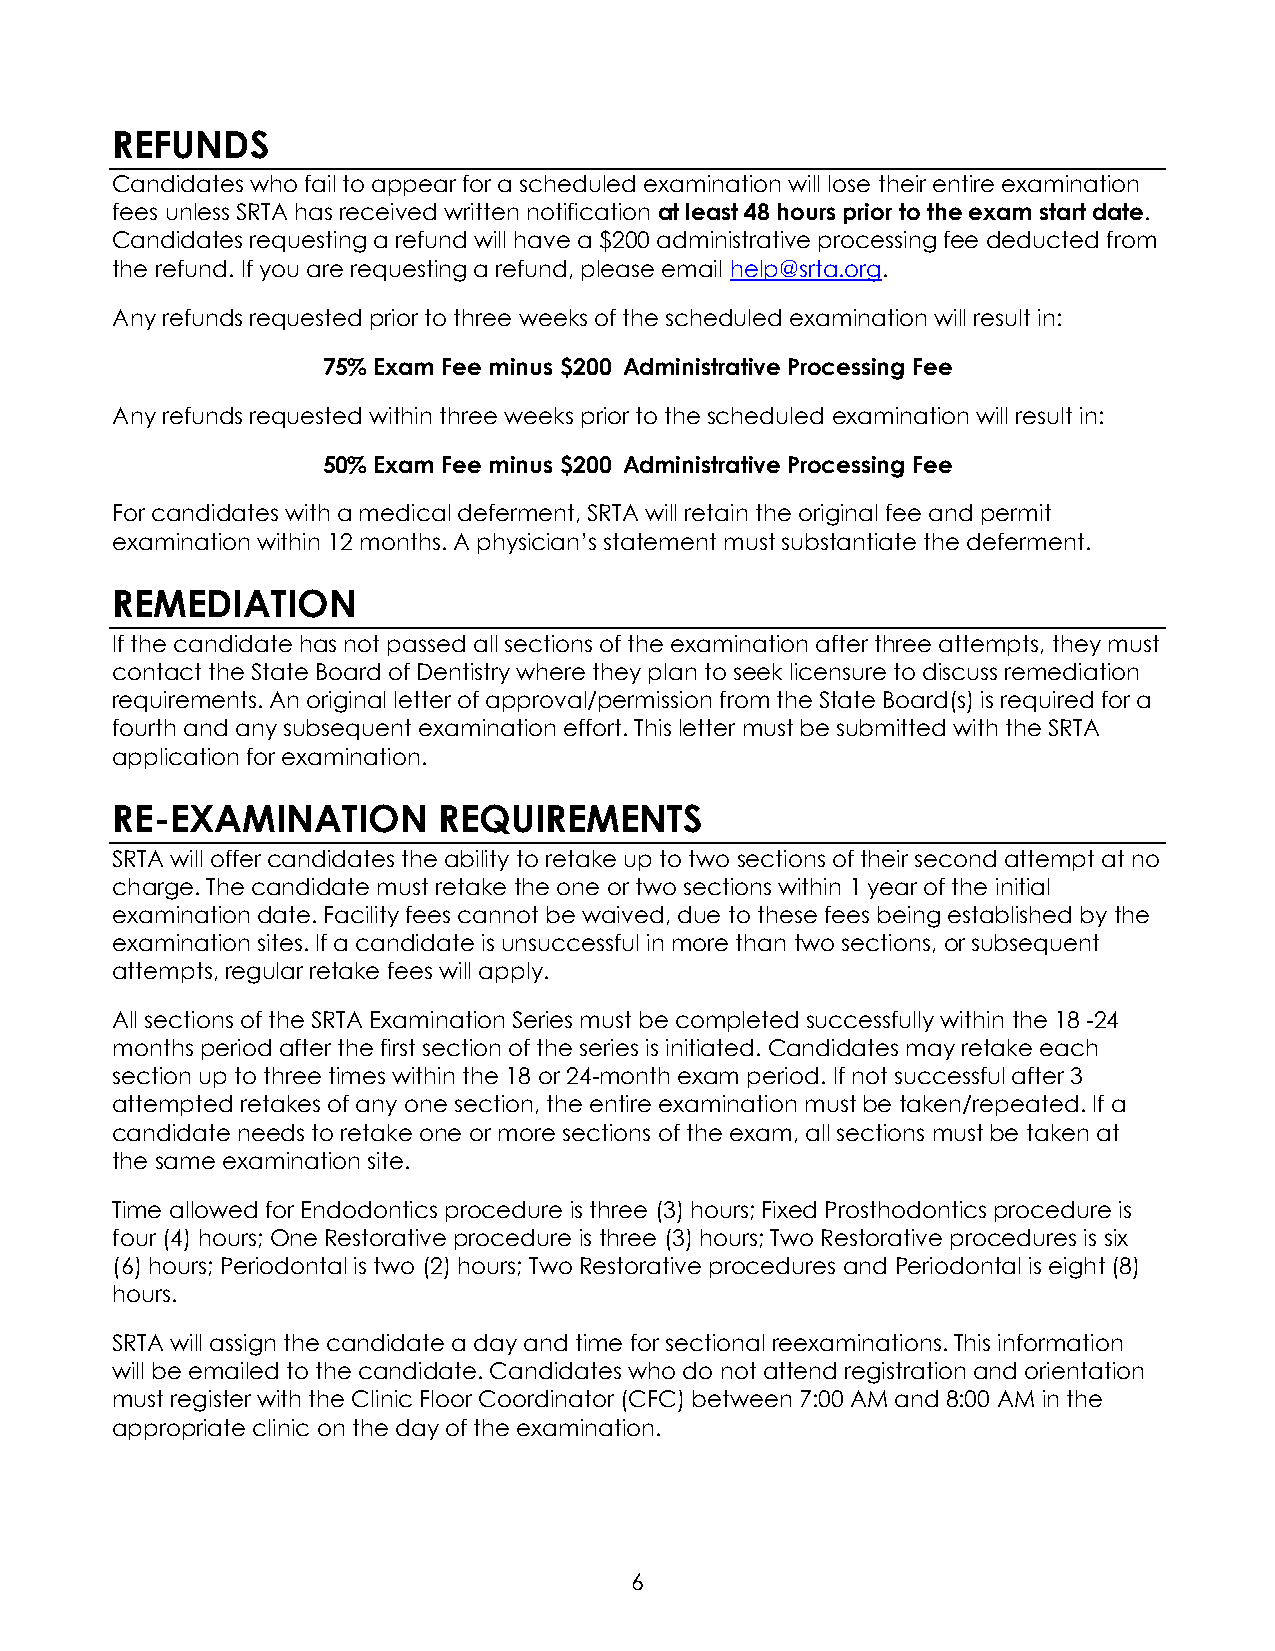
REFUNDS
 Candidates who fail to appear for a scheduled examination will lose their entire examination
 fees unless SRTA has received written notification at least 48 hours prior to the exam start date.
 Candidates requesting a refund will have a $200 administrative processing fee deducted from
 the refund. If you are requesting a refund, please email help@srta.org.
 Any refunds requested prior to three weeks of the scheduled examination will result in:
 75% Exam Fee minus $200 Administrative Processing Fee
 Any refunds requested within three weeks prior to the scheduled examination will result in:
 50% Exam Fee minus $200 Administrative Processing Fee
 For candidates with a medical deferment, SRTA will retain the original fee and permit
 examination within 12 months. A physician’s statement must substantiate the deferment.
 REMEDIATION
 If the candidate has not passed all sections of the examination after three attempts, they must
 contact the State Board of Dentistry where they plan to seek licensure to discuss remediation
 requirements. An original letter of approval/permission from the State Board(s) is required for a
 fourth and any subsequent examination effort. This letter must be submitted with the SRTA
 application for examination.
 RE-EXAMINATION        REQUIREMENTS
 SRTA will offer candidates the ability to retake up to two sections of their second attempt at no
 charge. The candidate must retake the one or two sections within 1 year of the initial
 examination date. Facility fees cannot be waived, due to these fees being established by the
 examination sites. If a candidate is unsuccessful in more than two sections, or subsequent
 attempts, regular retake fees will apply.
 All sections of the SRTA Examination Series must be completed successfully within the 18 -24
 months period after the first section of the series is initiated. Candidates may retake each
 section up to three times within the 18 or 24-month exam period. If not successful after 3
 attempted retakes of any one section, the entire examination must be taken/repeated. If a
 candidate needs to retake one or more sections of the exam, all sections must be taken at
 the same examination site.
 Time allowed for Endodontics procedure is three (3) hours; Fixed Prosthodontics procedure is
 four (4) hours; One Restorative procedure is three (3) hours; Two Restorative procedures is six
 (6) hours; Periodontal is two (2) hours; Two Restorative procedures and Periodontal is eight (8)
 hours.
 SRTA will assign the candidate a day and time for sectional reexaminations. This information
 will be emailed to the candidate. Candidates who do not attend registration and orientation
 must register with the Clinic Floor Coordinator (CFC) between 7:00 AM and 8:00 AM in the
 appropriate clinic on the day of the examination.
 6